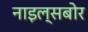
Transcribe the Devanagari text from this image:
नाइल्सबोर